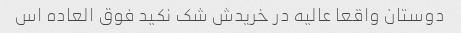
دوستان واقعا عالیه در خریدش شک نکید فوق العاده اس